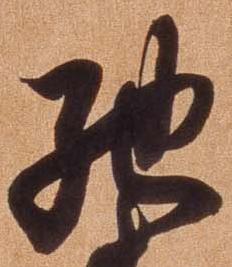
馳